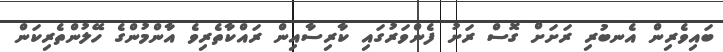
ބައިވެރިން އެނބުރި ރަށަށް ގޮސް ރަށު ފެންވަރުގައި ކާރިސާއިން ރައްކާތެރިވެ އާންމުންގެ ހޭލުންތެރިކަން